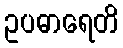
ဥပဓာရေတိ